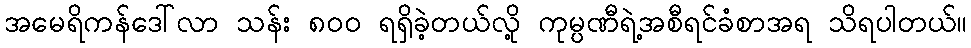
အမေရိကန်ဒေါ်လာ သန်း ၈၀၀ ရရှိခဲ့တယ်လို့ ကုမ္ပဏီရဲ့အစီရင်ခံစာအရ သိရပါတယ်။